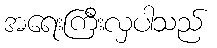
အရေးကြီးလှပါသည်